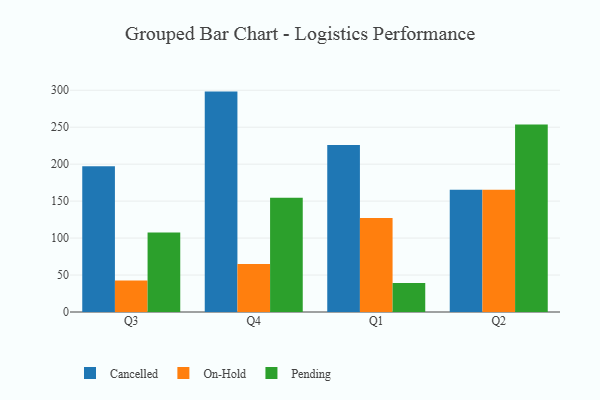
{"axis": {"x": "Quarter", "y": "Waste Production (Tons)"}, "legend": ["Cancelled", "On-Hold", "Pending"], "data": [{"x": "Q3", "y": 197.1, "type": "Cancelled"}, {"x": "Q3", "y": 42.5, "type": "On-Hold"}, {"x": "Q3", "y": 107.6, "type": "Pending"}, {"x": "Q4", "y": 298.2, "type": "Cancelled"}, {"x": "Q4", "y": 64.8, "type": "On-Hold"}, {"x": "Q4", "y": 154.7, "type": "Pending"}, {"x": "Q1", "y": 225.8, "type": "Cancelled"}, {"x": "Q1", "y": 127.1, "type": "On-Hold"}, {"x": "Q1", "y": 39.1, "type": "Pending"}, {"x": "Q2", "y": 165.4, "type": "Cancelled"}, {"x": "Q2", "y": 165.3, "type": "On-Hold"}, {"x": "Q2", "y": 253.7, "type": "Pending"}]}